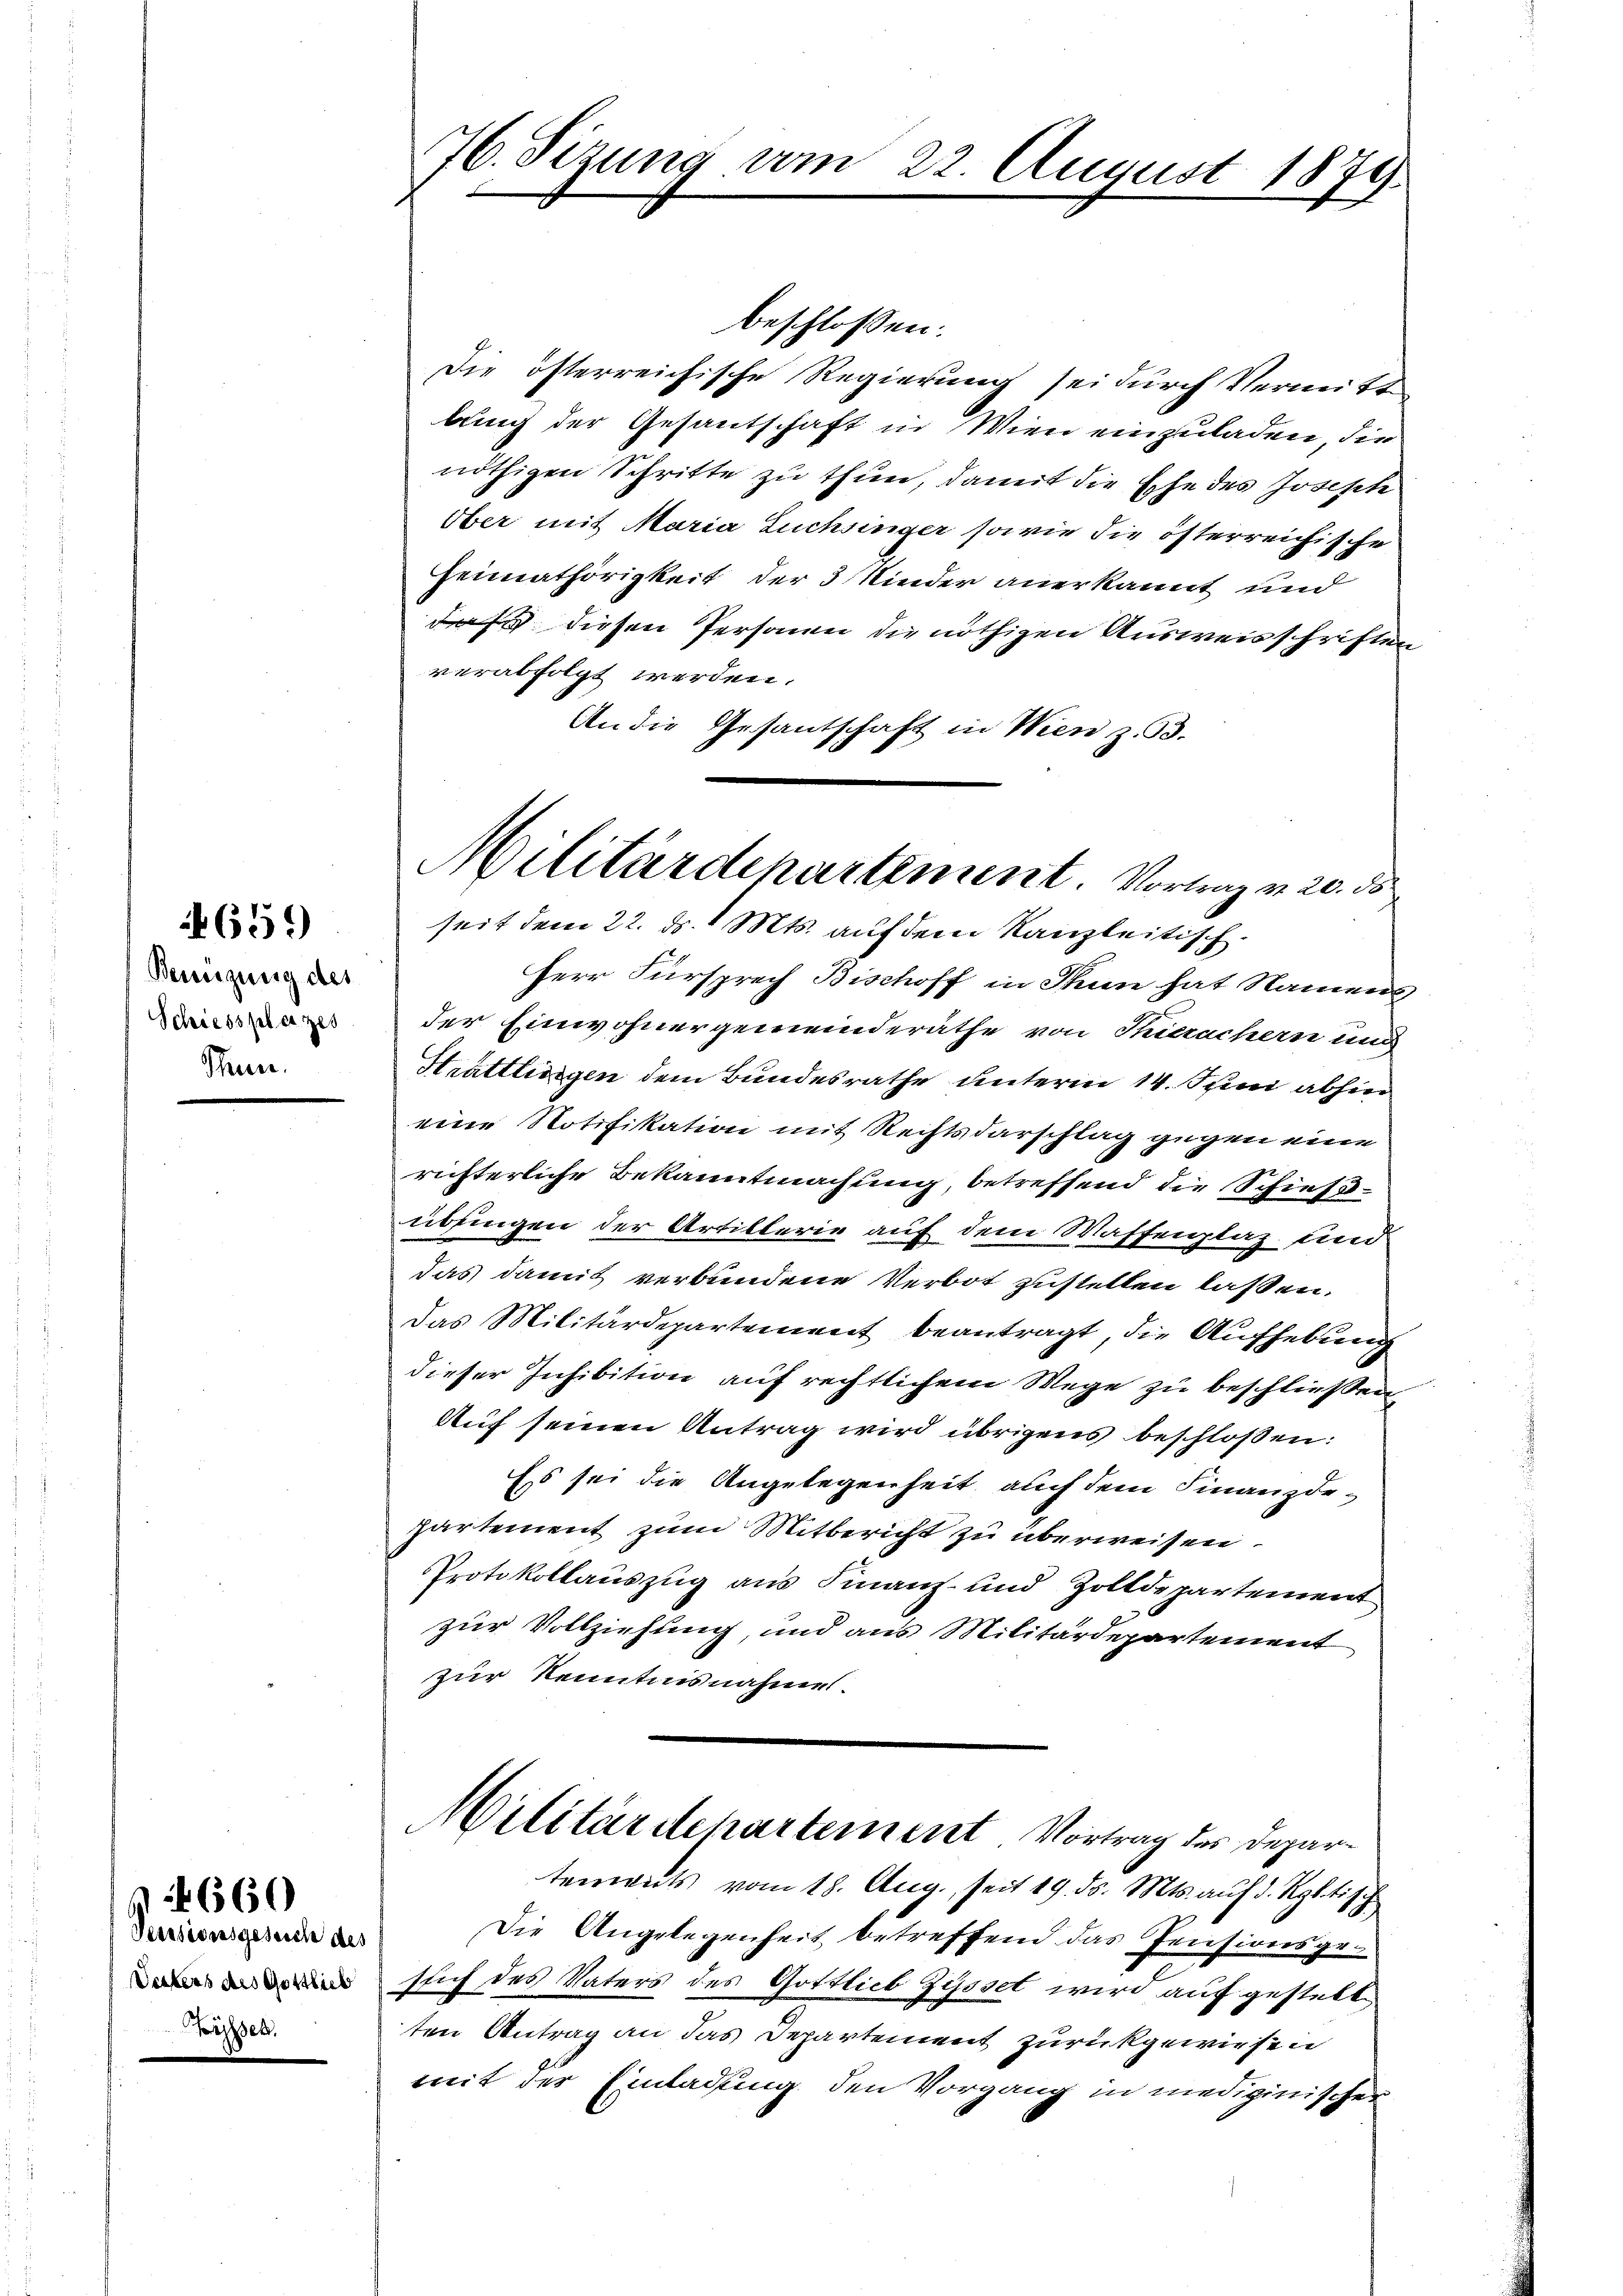
659)

Beinigung des
Schiessplatzes
Thun.

660

Pensivensgesich des
Vetters des Gottlieb
Bippen.

76. Sizung vom

beschlossen:
Die österreichische Regierung sei durch Vermitt
bung der Gesantschaft in Wien einzuladen, die
nöthigen Schritte zu thun, damit die Ehe des Josepte
Ober mit Maria Luchsinger sowie die österreichische
Heimathörigkeit der 3 Kinder anerkannt und
daß diesen Personen die nöthigen Ausweisschriften
verabfolgt werden.
An die Gesantschaft in Wien z. 93.
Herr Fürsprech Bischoff in Thun hat Namens
der Einwohnergemeinderäthe von Thierachern und
Hrättlingen dem Bundesrathe unterm 14. Juni abhin
eine Notifikation mit Rechtsdarschlag gegen eine
richterliche Bekanntmachung, betreffend die Schießübingen der Artillerie auf dem Waffenplaz und
das damit verbundene Verbot zustellen lassen.
Das Militärdepartement beantragt, die Aufhebung
dieser Inhibition auf rechtlichem Wege zu beschließen
Auf seinen Antrag wird übrigens beschloßen:
Es sei die Angelegenheit auch dem Finanzdepartement zum Mitbericht zu überweisen.
Protokollauszug aus Finanz- und Zolldepartement
zur Vollziehung, und aus Militärdepartement
zur Kenntnisnahme.

ten Antrag an das Departement zurückgewiesen
mit der Einladung, den Vorgang in medizinischer

22. August 1873.

Militärdepartement. Vorlang v. 20. ds
seit dem 22. ds. 1 Mts. auf dem Kanzleitisch.

Militärdepartement Vortrag des Departements vom 18. Aug., seit 19. ds. Mts. auf d. Rybtisch
Die Angelegenheit betreffend das Pensionsgeslich des Vaters des Gottlieb Zysset wird auf gestelle